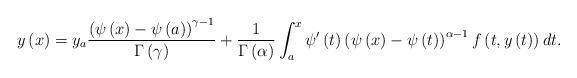
LaTeX: \begin{align*}y\left( x\right) =y_{a}\frac{\left( \psi \left( x\right) -\psi \left( a\right) \right) ^{\gamma -1}}{\Gamma \left( \gamma \right) }+\frac{1}{\Gamma \left( \alpha \right) }\int_{a}^{x}\psi ^{\prime }\left( t\right) \left( \psi \left( x\right) -\psi \left( t\right) \right) ^{\alpha-1}f\left( t,y\left( t\right) \right) dt.\end{align*}